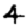
Digit: 4